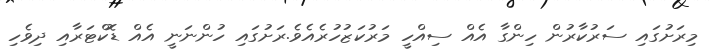
މިރަށުގައި ސަރުކާރުން ހިންގާ އެއް ސިއްހީ މަރުކަޒުހުރެއެވެ.ރަށުގައި ހުންނަނީ އެއް ޑޮކްޓަރާއި ދިވެހި